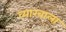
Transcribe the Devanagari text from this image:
व्‍याखाला